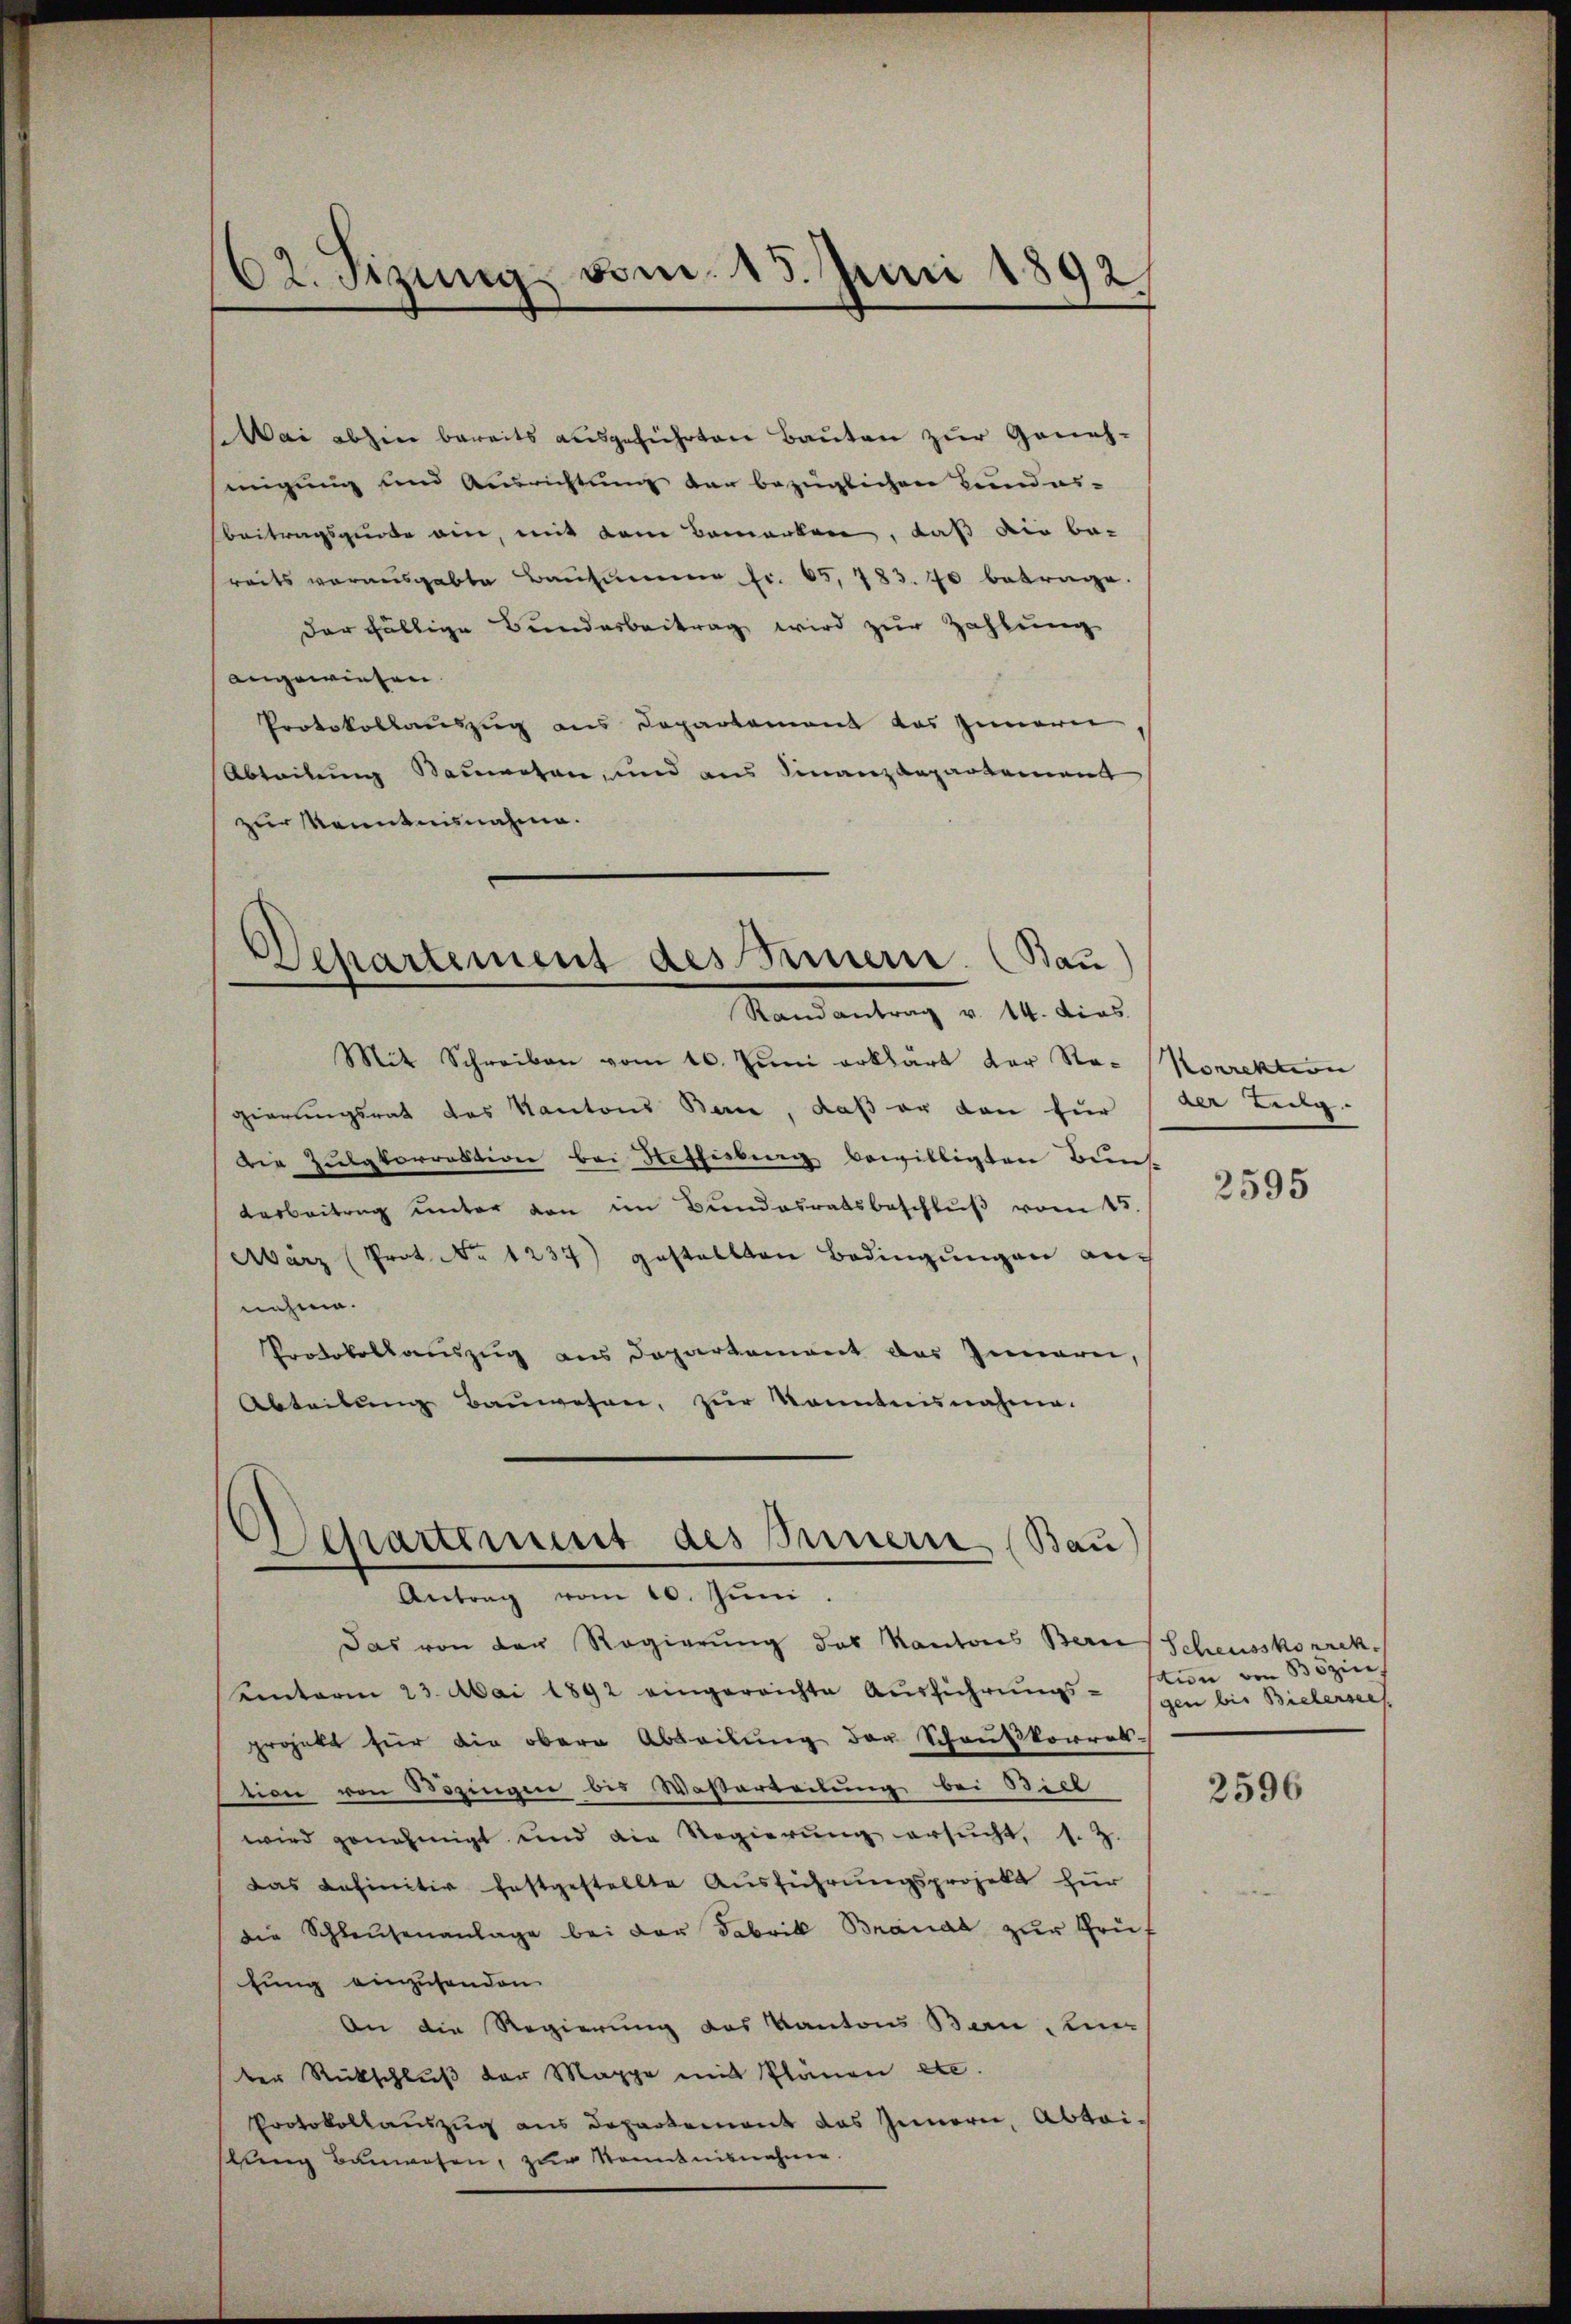
62. Sizung vom 15. Juni 1892/

Wai abhin bereits ausgeführten Bauten zur Geneh-
migung und Ausrichtung der bezüglichen Bundes-
beitragsquote ein, mit dem Bemerken, daß die be-
reits vorausgabte Bausum fr. 65, 783. 70 betrage.
der fällige Bundesbeitrag wird zur Zahlung
angewiesen.
Protokollauszug aus Departement das Zimerei
Abteilung Sauwesen, und aus Finanzdepartement
zur Kenntnisnahme.
Mit Schreiben vom 10. Juni erklärt der Re- Korrektion
gierungsrat des Kantons Barce, daß er dan für
Die Zulatorrektion bei Heffisburg bewilligten Buns
arbeitrag unter den im Bŭndesratsbeschlŭβ vom 15.
März (Prot. No 1237) gestellten Bedingungen auf
nehme.
Protokollauszug aus Departement des Innern,
Abteilung Baŭwesen, zur konntennahme.
Antrag vom 10. Juni.
Das von der Regierung des Kantons Bern Scheusskorrek
einterm 23. Mai 1892 eingereichte Ausführungs-gen bis Bielersees
projekt für die obere Abteilung der Schauskorrek-
tion von Bezingen des Wasserteilung bei Bick
wird genehmigt und die Regierung ersucht, s. Z.
Das Definitiv festgestellte Ausführungsprojekt für
die Schleusenanlage bei der Fabrik Branat zur Prühung einzusenden.
An die Regierung des Kantons Bern, in
ter Rückschluß der Mappe mit Plänen etc.
Protokollauszug aus Departement das Innern, Abteistung Bauwesen, zur Kenntnisnahme.

Departement des Semmen. (Bau
Randantrag v. 14. dies

Departement des Innern (Bau

Seite

2595

tion von Bözin¬

2596